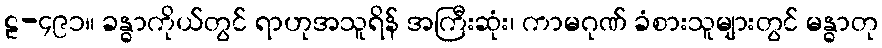
ဠ-၄၉၁။ ခန္ဓာကိုယ်တွင် ရာဟုအသူရိန် အကြီးဆုံး၊ ကာမဂုဏ် ခံစားသူများတွင် မန္ဓာတု